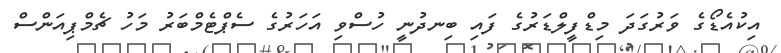
އިކުއެޑޯގެ ވަރުގަދަ މިޑްފީލްޑަރުގެ ފައި ބިނދުނީ ހުސްވި އަހަރުގެ ސެޕްޓެމްބަރު މަހު ޗެމްޕިއަންސް